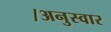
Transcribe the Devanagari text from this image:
।अनुस्वार